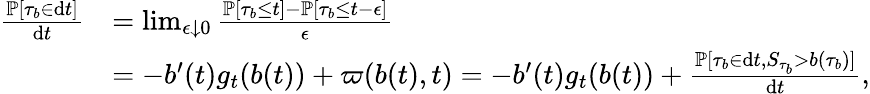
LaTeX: \begin{array}{rl}{\frac{\mathbb{P}[\tau_{b}\in\mathrm{d}t]}{\mathrm{d}t}}&{=\operatorname*{lim}_{\epsilon\downarrow 0}\frac{\mathbb{P}[\tau_{b}\leq t]-\mathbb{P}[\tau_{b}\leq t-\epsilon]}{\epsilon}}\\ &{=-b^{\prime}(t)g_{t}(b(t))+\varpi(b(t),t)=-b^{\prime}(t)g_{t}(b(t))+\frac{\mathbb{P}[\tau_{b}\in\mathrm{d}t,S_{\tau_{b}}>b(\tau_{b})]}{\mathrm{d}t},}\end{array}